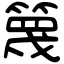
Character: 篾